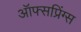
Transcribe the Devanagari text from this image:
ऑफ्सप्रिंग्स